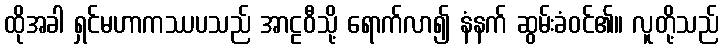
ထိုအခါ ရှင်မဟာကဿပသည် အာဠဝီသို့ ရောက်လာ၍ နံနက် ဆွမ်းခံဝင်၏။ လူတို့သည်